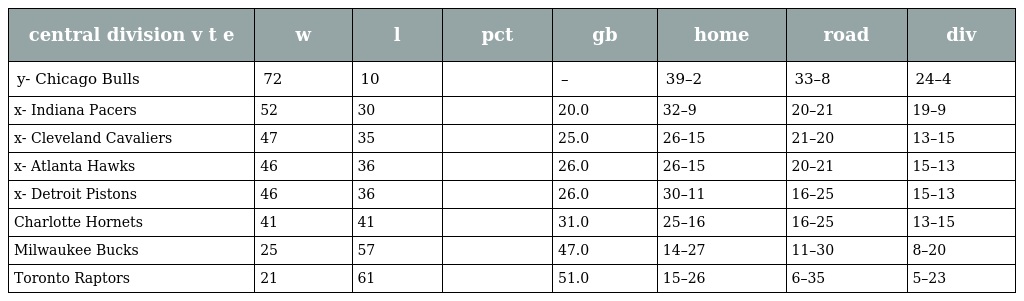
| central division v t e | w | l | pct | gb | home | road | div |
 | --- | --- | --- | --- | --- | --- | --- | --- |
 | y- Chicago Bulls | 72 | 10 |  | – | 39–2 | 33–8 | 24–4 |
 | x- Indiana Pacers | 52 | 30 |  | 20.0 | 32–9 | 20–21 | 19–9 |
 | x- Cleveland Cavaliers | 47 | 35 |  | 25.0 | 26–15 | 21–20 | 13–15 |
 | x- Atlanta Hawks | 46 | 36 |  | 26.0 | 26–15 | 20–21 | 15–13 |
 | x- Detroit Pistons | 46 | 36 |  | 26.0 | 30–11 | 16–25 | 15–13 |
 | Charlotte Hornets | 41 | 41 |  | 31.0 | 25–16 | 16–25 | 13–15 |
 | Milwaukee Bucks | 25 | 57 |  | 47.0 | 14–27 | 11–30 | 8–20 |
 | Toronto Raptors | 21 | 61 |  | 51.0 | 15–26 | 6–35 | 5–23 |